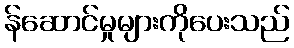
န်ဆောင်မှုများကိုပေးသည်